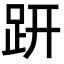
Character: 趼